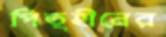
পিতৃহীনের